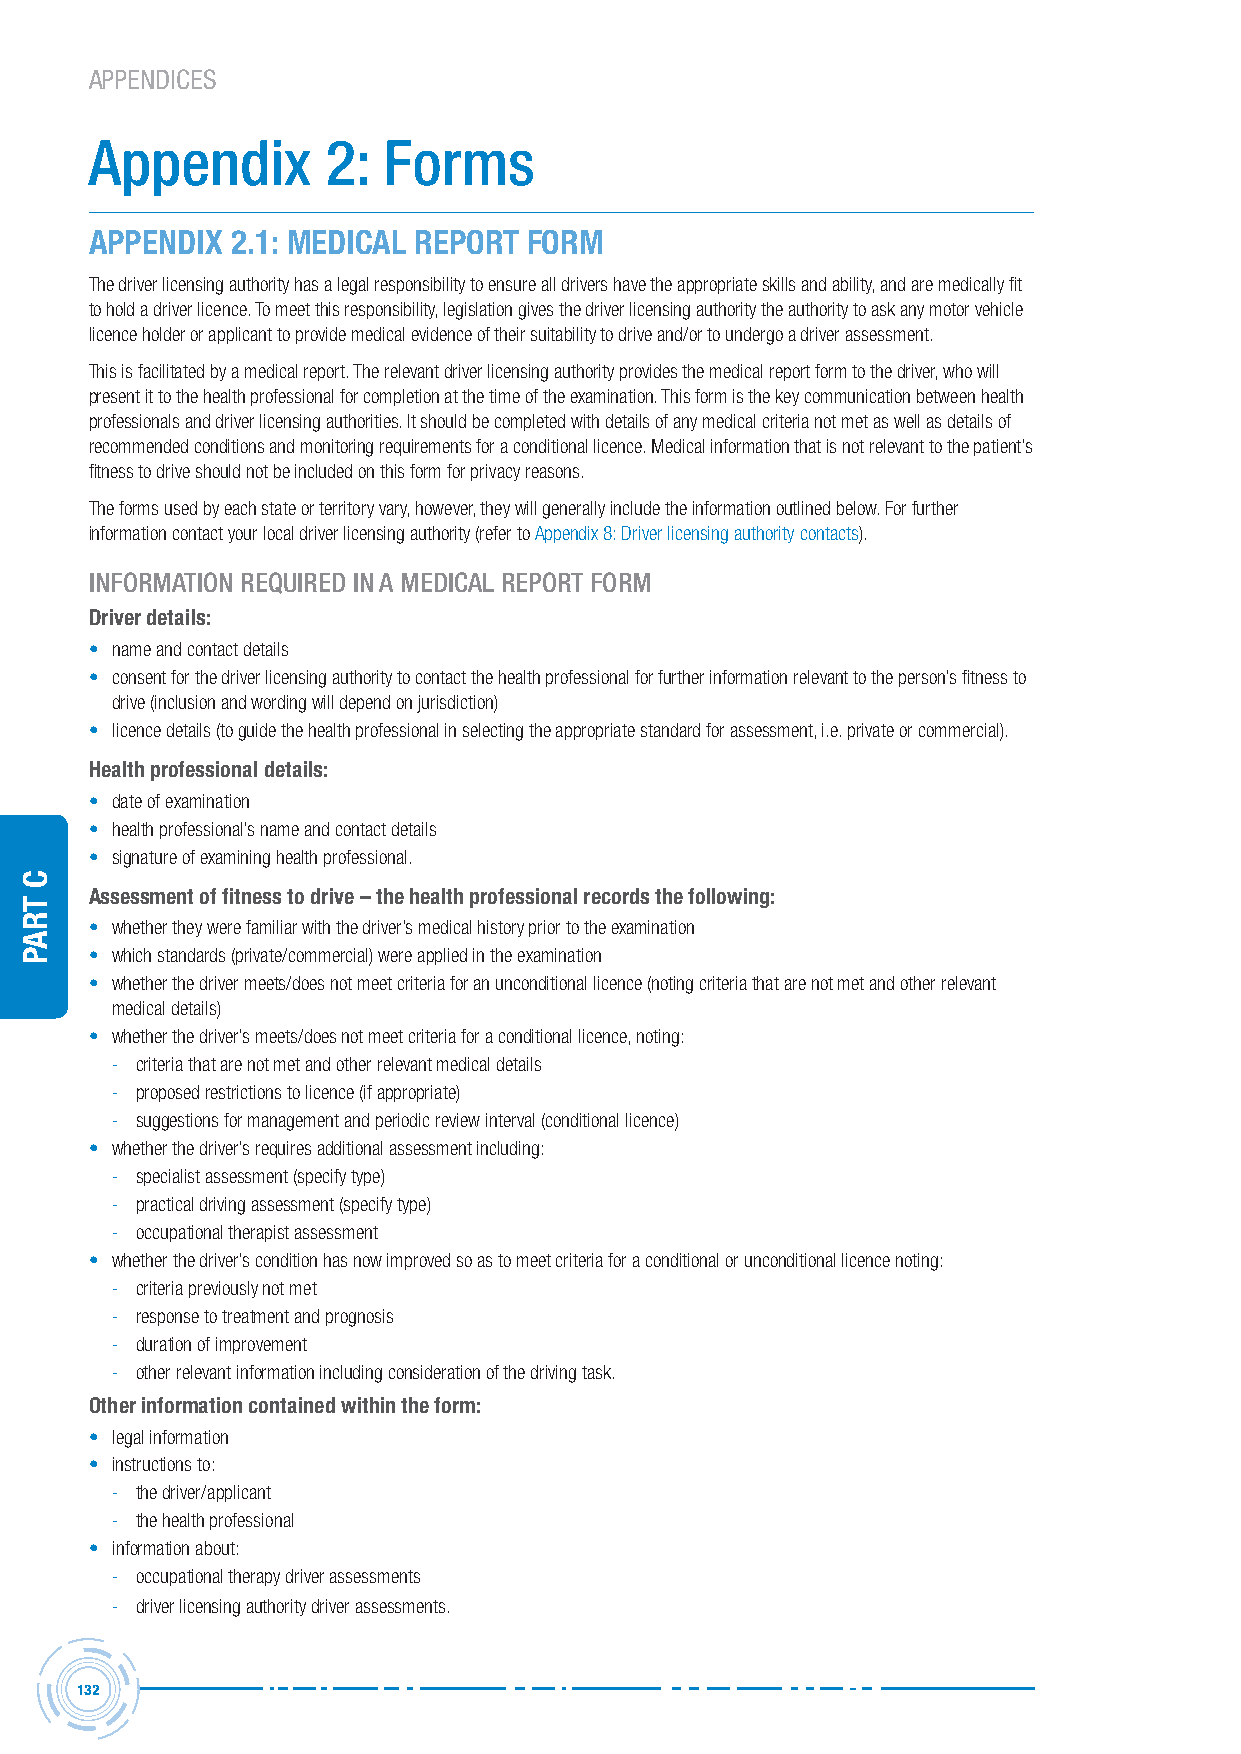
APPENDICES
 Appendix        2: Forms
 APPENDIx 2.1: MEDICAL REPORT FORM
 The driver licensing authority has a legal responsibility to ensure all drivers have the appropriate skills and ability, and are medically fit
 to hold a driver licence. To meet this responsibility, legislation gives the driver licensing authority the authority to ask any motor vehicle
 licence holder or applicant to provide medical evidence of their suitability to drive and/or to undergo a driver assessment.
 This is facilitated by a medical report. The relevant driver licensing authority provides the medical report form to the driver, who will
 present it to the health professional for completion at the time of the examination. This form is the key communication between health
 professionals and driver licensing authorities. It should be completed with details of any medical criteria not met as well as details of
 recommended conditions and monitoring requirements for a conditional licence. Medical information that is not relevant to the patient’s
 fitness to drive should not be included on this form for privacy reasons.
 The forms used by each state or territory vary, however, they will generally include the information outlined below. For further
 information contact your local driver licensing authority (refer to Appendix 8: Driver licensing authority contacts).
 inForMAtion reQUireD in A MeDicAL rePort ForM
 Driver details:
 • name and contact details
 • consent for the driver licensing authority to contact the health professional for further information relevant to the person’s fitness to
 drive (inclusion and wording will depend on jurisdiction)
 • licence details (to guide the health professional in selecting the appropriate standard for assessment, i.e. private or commercial).
 Health professional details:
 • date of examination
 • health professional’s name and contact details
 • signature of examining health professional.
 Assessment of fitness to drive – the health professional records the following:
 • whether they were familiar with the driver’s medical history prior to the examination
 • which standards (private/commercial) were applied in the examination
 • whether the driver meets/does not meet criteria for an unconditional licence (noting criteria that are not met and other relevant
 medical details)
 • whether the driver’s meets/does not meet criteria for a conditional licence, noting:
 - criteria that are not met and other relevant medical details
 - proposed restrictions to licence (if appropriate)
 - suggestions for management and periodic review interval (conditional licence)
 • whether the driver’s requires additional assessment including:
 - specialist assessment (specify type)
 - practical driving assessment (specify type)
 - occupational therapist assessment
 • whether the driver’s condition has now improved so as to meet criteria for a conditional or unconditional licence noting:
 - criteria previously not met
 - response to treatment and prognosis
 - duration of improvement
 - other relevant information including consideration of the driving task.
 Other information contained within the form:
 • legal information
 • instructions to:
 - the driver/applicant
 - the health professional
 • information about:
 - occupational therapy driver assessments
 - driver licensing authority driver assessments.
 132
 C
 traP